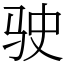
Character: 驶